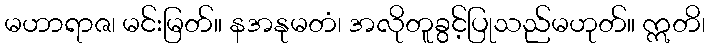
မဟာရာဇ၊ မင်းမြတ်။ နအနုမတံ၊ အလိုတူခွင့်ပြုသည်မဟုတ်။ ဣတိ၊